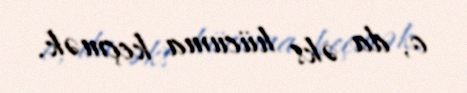
o, da əks hücuma keçmək.